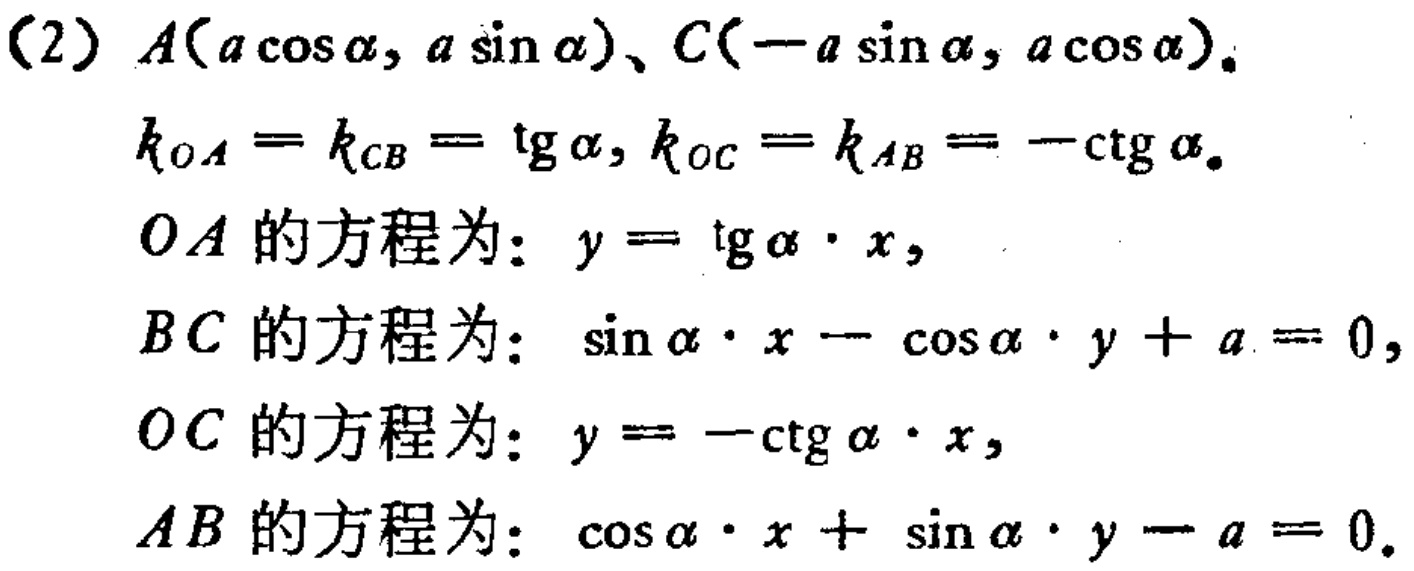
(2) \(A(a\cos\alpha, a\sin\alpha)\)、\(C(-a\sin\alpha, a\cos\alpha)\)。
\(k_{OA}=k_{CB}=\tg\alpha, k_{OC}=k_{AB}=-\ctg\alpha\)。
\(OA\) 的方程为：\(y = \tg\alpha\cdot x\)，
\(BC\) 的方程为：\(\sin\alpha\cdot x - \cos\alpha\cdot y + a = 0\)，
\(OC\) 的方程为：\(y = -\ctg\alpha\cdot x\)，
\(AB\) 的方程为：\(\cos\alpha\cdot x + \sin\alpha\cdot y - a = 0\)。